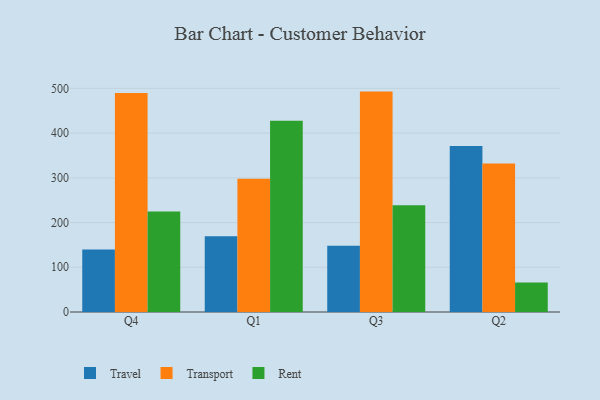
{"axis": {"x": "Quarter", "y": "Demand Index"}, "legend": ["Rent", "Transport", "Travel"], "data": [{"x": "Q4", "y": 140.0, "type": "Travel"}, {"x": "Q4", "y": 489.7, "type": "Transport"}, {"x": "Q4", "y": 224.6, "type": "Rent"}, {"x": "Q1", "y": 169.3, "type": "Travel"}, {"x": "Q1", "y": 297.8, "type": "Transport"}, {"x": "Q1", "y": 427.5, "type": "Rent"}, {"x": "Q3", "y": 147.9, "type": "Travel"}, {"x": "Q3", "y": 492.8, "type": "Transport"}, {"x": "Q3", "y": 238.8, "type": "Rent"}, {"x": "Q2", "y": 371.4, "type": "Travel"}, {"x": "Q2", "y": 331.9, "type": "Transport"}, {"x": "Q2", "y": 66.2, "type": "Rent"}]}